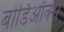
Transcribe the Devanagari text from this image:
बोर्डिऑक्स